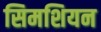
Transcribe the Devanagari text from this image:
सिमशियन